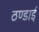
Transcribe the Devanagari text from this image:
ठण्डाई